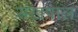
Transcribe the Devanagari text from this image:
संखपाल